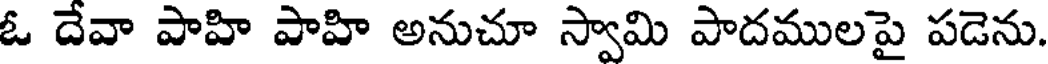
ఓ దేవా పాహి పాహి అనుచూ స్వామి పాదములపై పడెను